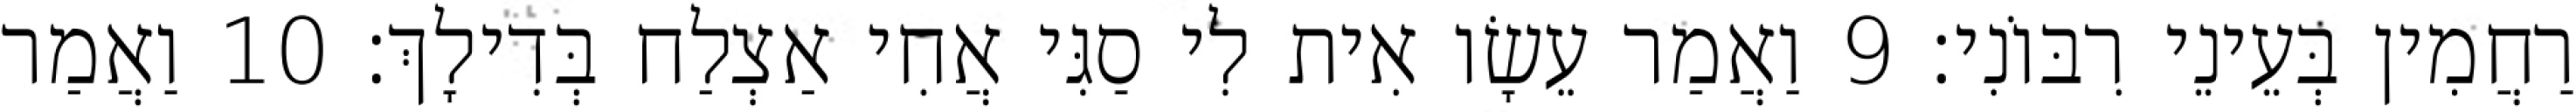
רַחֲמִין בְּעֵינֵי רִבּוֹנִי׃ 9 וַאֲמַר עֵשָׂו אִית לִי סַגִּי אֲחִי אַצְלַח בְּדִילָךְ׃ 10 וַאֲמַר